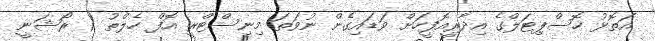
އަތޮޅު ހޮސްޕިޓަލްގެ އިދާރީއޮފީހަށް ވަޑައިގެން ނުވަތަ މިނިސްޓްރީ އޮފް ހެލްތު ( ރޯޝަނީ